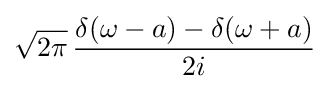
{\sqrt {2\pi }}\,{\frac {\delta (\omega -a)-\delta (\omega +a)}{2i}}